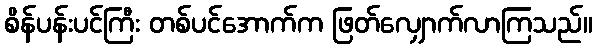
စိန်ပန်းပင်ကြီး တစ်ပင်အောက်က ဖြတ်လျှောက်လာကြသည်။